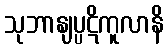
သုဘာနျပ္ပဋိကူလာနိ